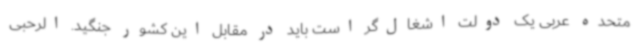
متحده عربی یک دولت اشغال‌گر است باید در مقابل این کشور جنگید. الرحبی